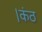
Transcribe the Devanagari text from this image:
।कंठ